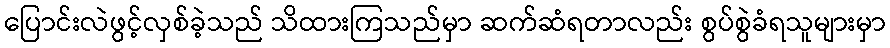
ပြောင်းလဲဖွင့်လှစ်ခဲ့သည် သိထားကြသည်မှာ ဆက်ဆံရတာလည်း စွပ်စွဲခံရသူများမှာ